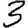
Digit: 3